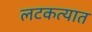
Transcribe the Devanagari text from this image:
लटकत्यात